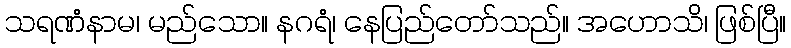
သရဏံနာမ၊ မည်သော။ နဂရံ၊ နေပြည်တော်သည်။ အဟောသိ၊ ဖြစ်ပြီ။